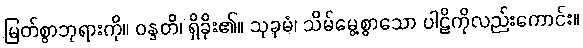
မြတ်စွာဘုရားကို။ ဝန္ဒတိ၊ ရှိခိုး၏။ သုခုမံ၊ သိမ်မွေ့စွာသော ပါဠိကိုလည်းကောင်း။